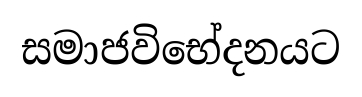
සමාජවිභේදනයට